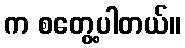
က စတွေ့ပါတယ်။